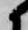
候